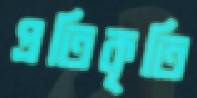
প্রতিকৃতি